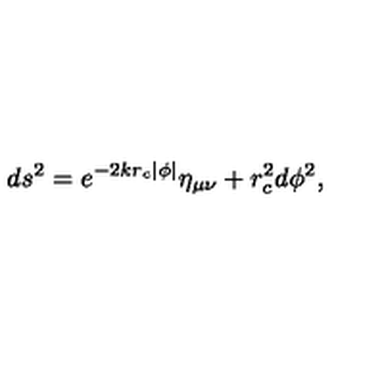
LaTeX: d s ^ { 2 } = e ^ { - 2 k r _ { c } \left| \phi \right| } \eta _ { \mu \nu } + r _ { c } ^ { 2 } d \phi ^ { 2 } ,